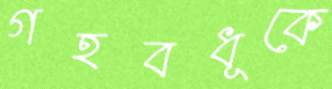
গহবধূকে